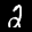
Label: 2